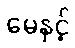
မေနှင့်